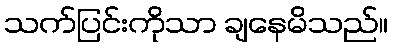
သက်ပြင်းကိုသာ ချနေမိသည်။